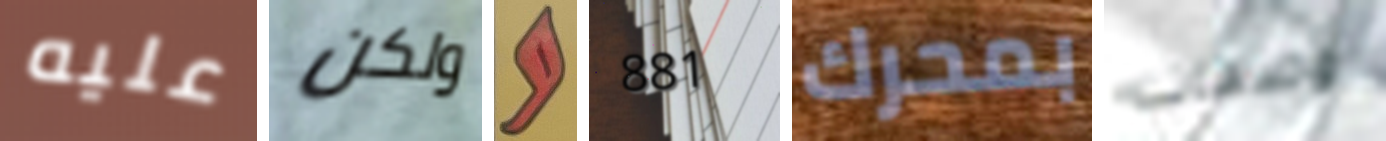
عليه ولكن و 881 بمحرك وصفات